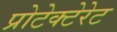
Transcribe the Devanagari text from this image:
प्रोटेक्टेरेट